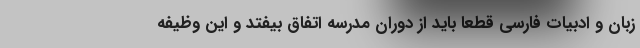
زبان و ادبیات فارسی قطعا باید از دوران مدرسه اتفاق بیفتد و این وظیفه